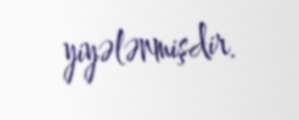
yiyələnmişdir.